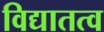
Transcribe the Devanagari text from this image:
विद्यातत्व